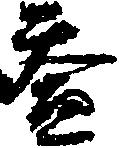
益